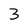
Character: 3